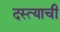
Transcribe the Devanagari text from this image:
दस्त्याची